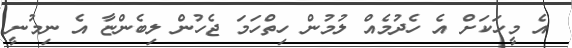
އެ މީހަކަށް އެ ހެދުމެއް ލުމުން ހިތްހަމަ ޖެހުން ލިބެންޏާ އެ ނިމުނީ